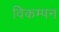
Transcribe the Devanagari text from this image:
विकम्पन